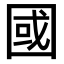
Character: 國